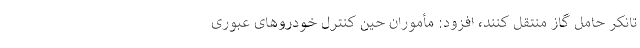
تانکر حامل گاز منتقل کنند، افزود: مأموران حین کنترل خودروهای عبوری